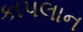
કાપલાન